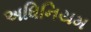
અધિનિયમ